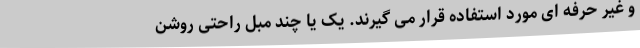
و غیر حرفه ای مورد استفاده قرار می گیرند. یک یا چند مبل راحتی روشن